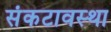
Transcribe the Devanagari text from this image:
संकटावस्था